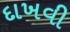
દાખવી